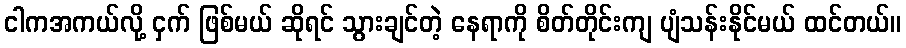
ငါကအကယ်လို့ ငှက် ဖြစ်မယ် ဆိုရင် သွားချင်တဲ့ နေရာကို စိတ်တိုင်းကျ ပျံသန်းနိုင်မယ် ထင်တယ်။